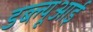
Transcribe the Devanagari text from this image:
डब्ल्यूआई